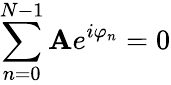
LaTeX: \sum_{n=0}^{N-1}\mathbf{A}e^{i\varphi_{n}}=0